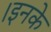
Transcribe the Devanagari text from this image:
।इनके